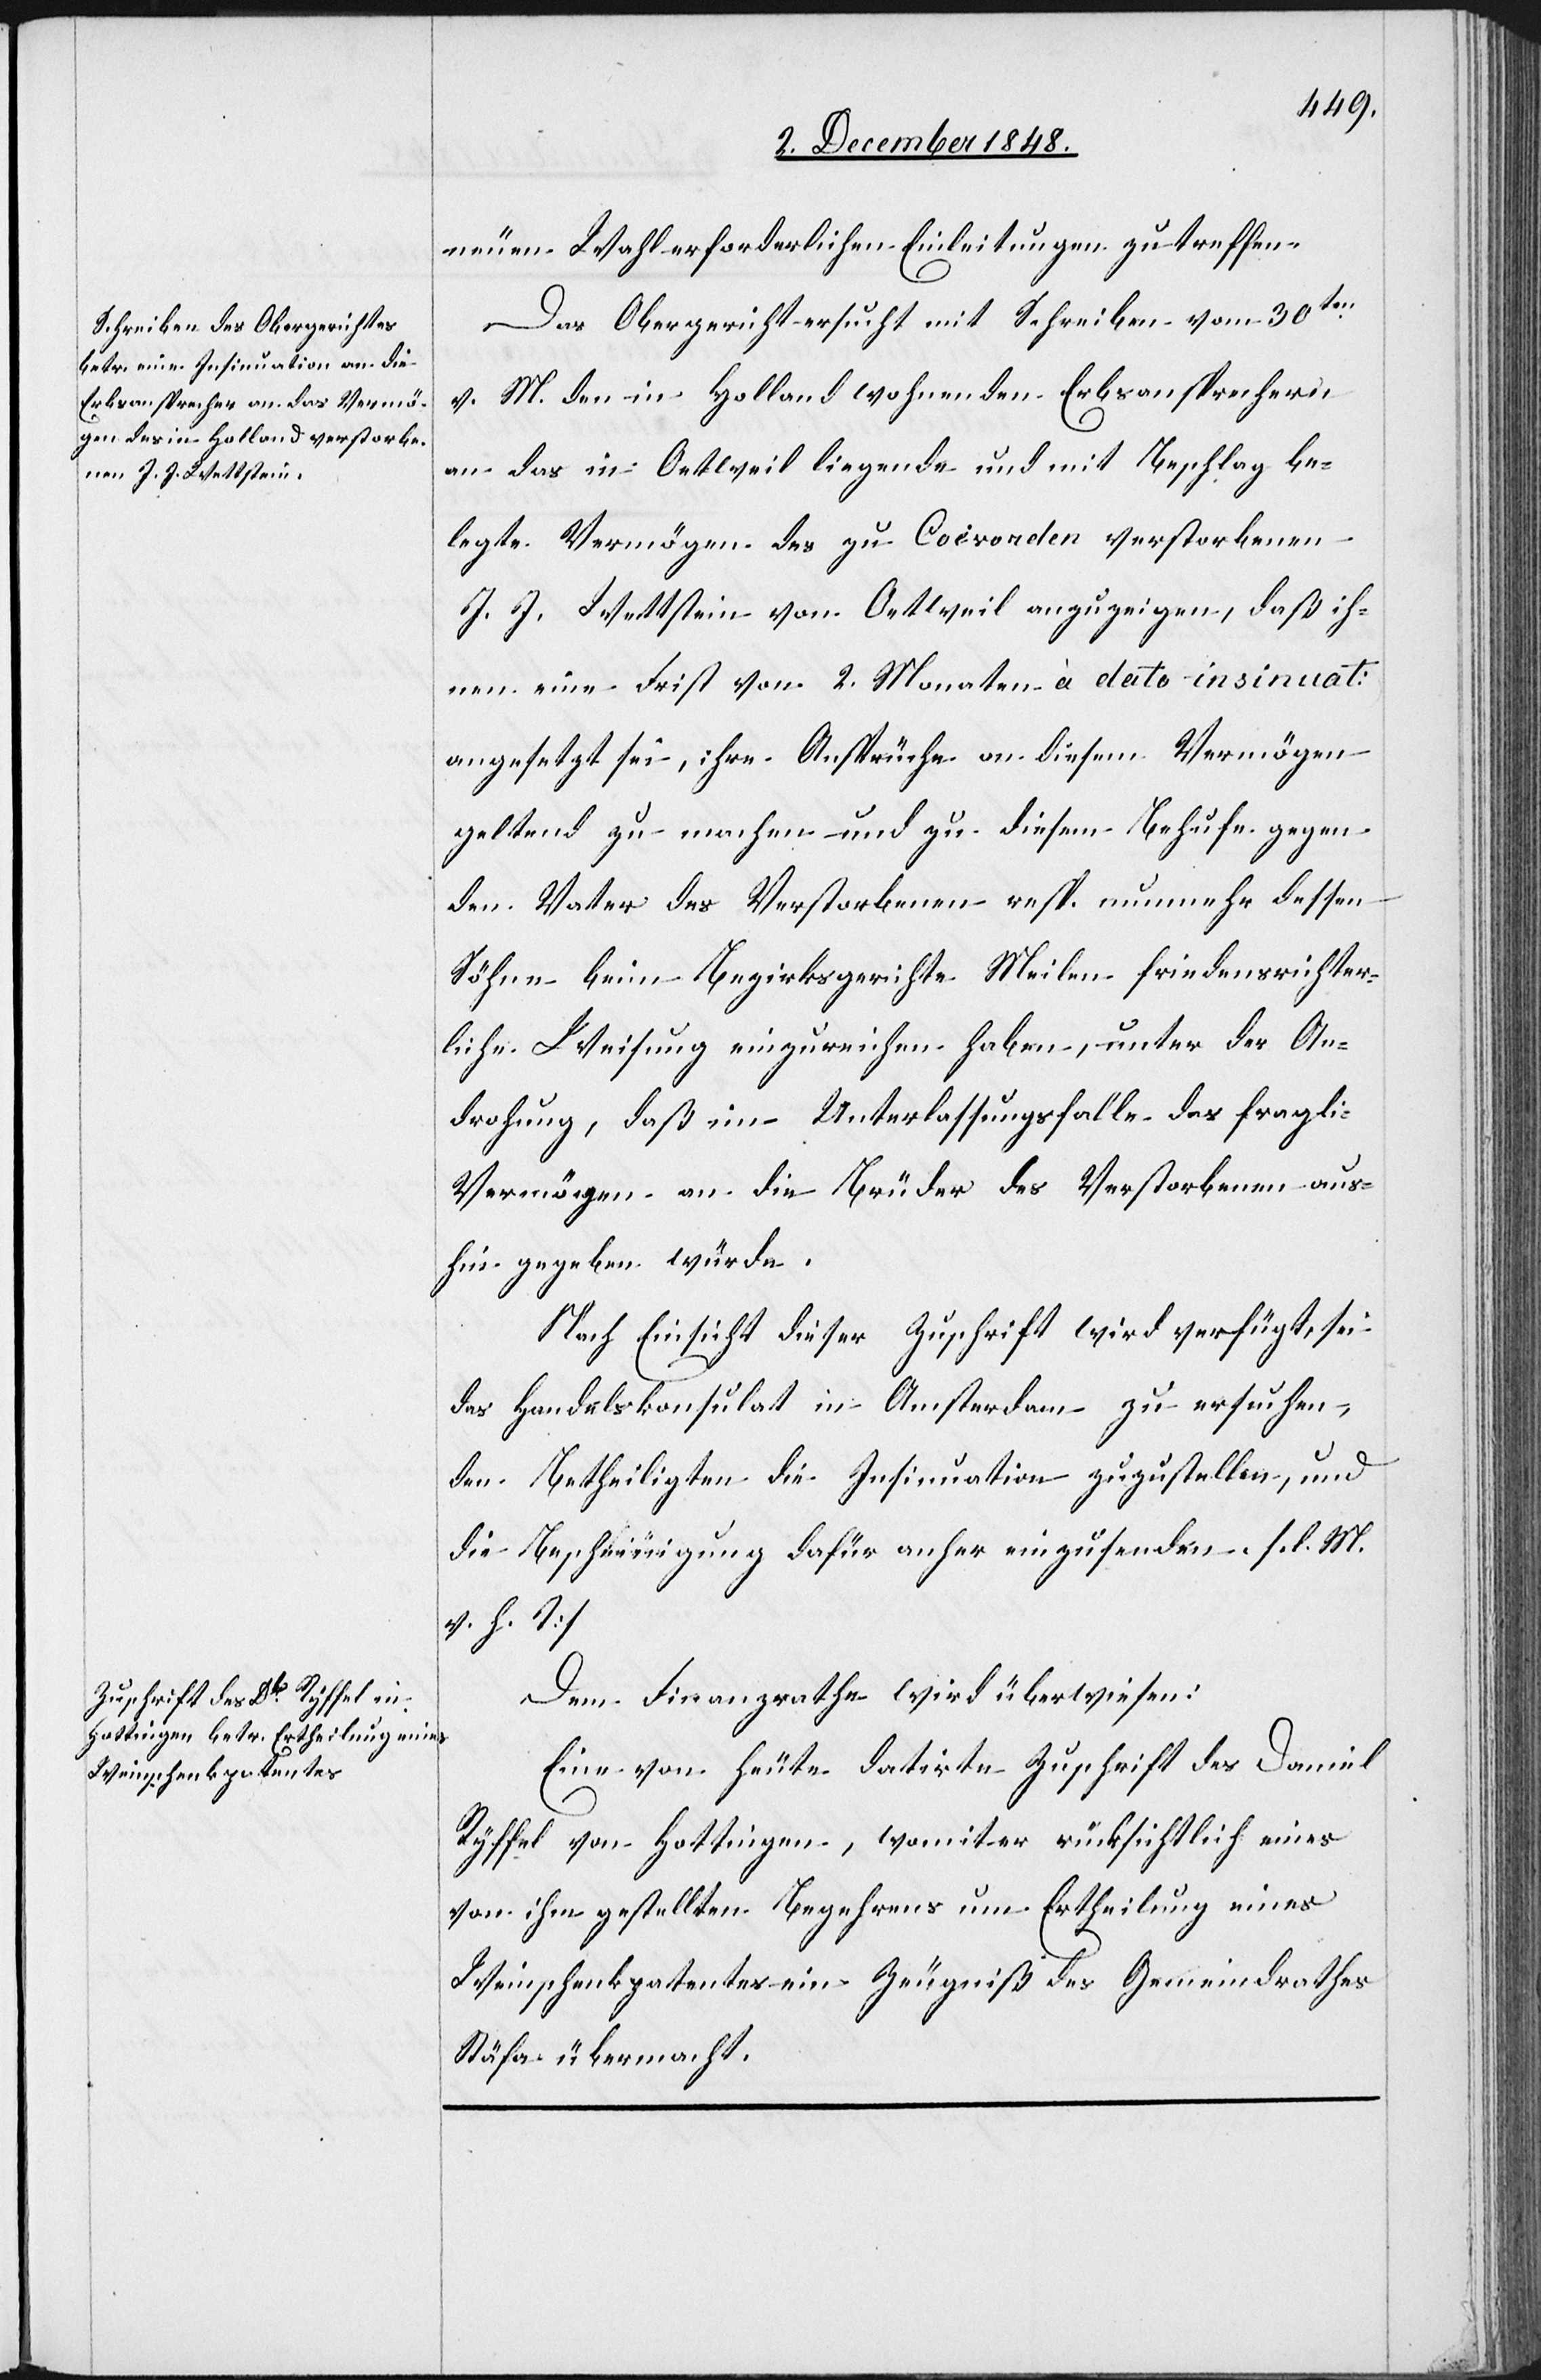
8. December 1848.]
neuen Wahl erforderlichen Einleitungen zu treffen.
Das Obergericht ersucht mit Schreiben vom 30ten
v. M. den in Holland wohnenden Erbsansprechern
an das in Oetweil liegende und mit Beschlag be¬
legte Vermögen des zu Coivorden verstorbenen
J. J. Wettstein von Oetweil anzuzeigen, daß ih¬
nen eine Frist von 2 Monaten à dato insinuat:
angesetzt sei, ihre Ansprüche an diesem Vermögen
geltend zu machen und zu diesem Behufe gegen
den Vater des Verstorbenen resp. nunmehr dessen
Söhne beim Bezirksgerichte Meilen friedensrichter¬
liche Weisung einzureichen haben, unter der An¬
drohung, daß im Unterlassungsfalle das fragl¬
Vermögen an die Brüder des Verstorbenen aus¬
hingegeben würde.
Nach Einsicht dieser Zuschrift wird verfügt, sei
das Handelskonsulat in Amsterdam zu ersuchen,
den Betheiligten die Insinuation zuzustellen, und
die Bescheinigung dafür anher einzusenden. [l. M.
v. h. T]
Dem Finanzrathe wird überwiesen:
Eine von heute datirte Zuschrift des Daniel
Ryffel von Hottingen, womit er rücksichtlich eines
von ihm gestellten Begehrens um Ertheilung eines
Weinschenkpatentes ein Zeugniß des Gemeindrathes
Stäfa übermacht.